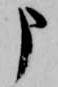
申